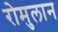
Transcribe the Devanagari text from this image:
रोमुलान